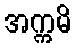
အက္ကမိ